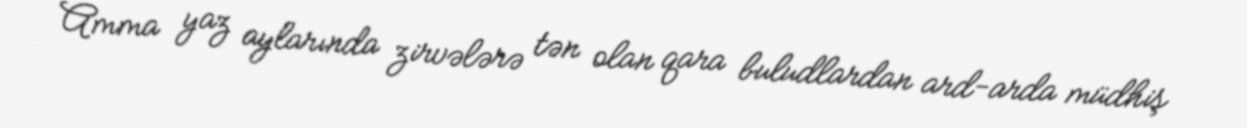
Amma yaz aylarında zirvələrə tən olan qara buludlardan ard-arda müdhiş